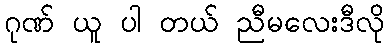
ဂုဏ် ယူ ပါ တယ် ညီမလေးဒီလို